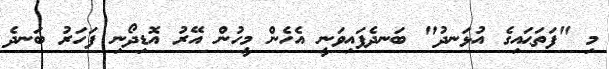
މި "ފަތަޙައިގެ އުޅަނދު" ބަނދެފައިވަނީ އެހެން މީހުން އޭރު އޮޑިދޯނި ފަހަރު ބަނދެ